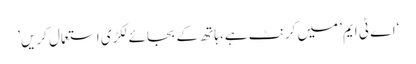
‘اے ٹی ایم’ میں کرنٹ ہے، ہاتھ کے بجائے لکڑی استعمال کریں’